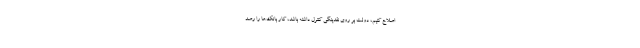
اصلاح کنیم، دولت بر روی نقدینگی کنترل داشته باشد، کار بانک‌ها را رصد